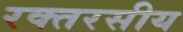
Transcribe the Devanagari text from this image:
रक्तरसीय